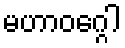
မဟာဝဂ္ဂေါ